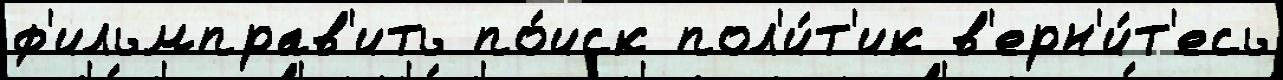
ф'ильмправ'ить по́иск пол'и́т'ик в'ерн'и́т'есь